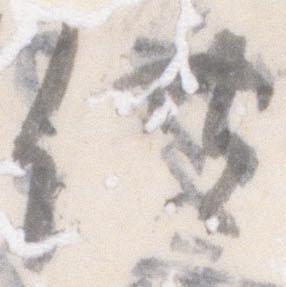
供